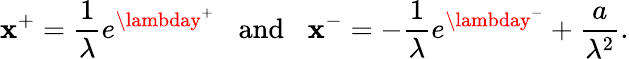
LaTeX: \mathbf{x}^{+}={\frac{{1}}{{\lambda}}}e^{\lambday^{+}}\; \; \; \mathrm{{and}}\; \; \; \mathbf{x}^{-}=-{\frac{{1}}{{\lambda}}}e^{\lambday^{-}}+{\frac{{a}}{{\lambda^{2}}}}.